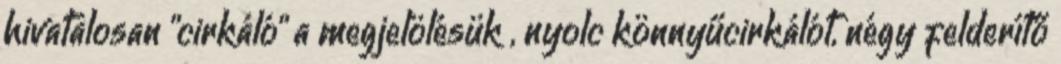
hivatalosan "cirkáló" a megjelölésük , nyolc könnyűcirkálót, négy felderítő